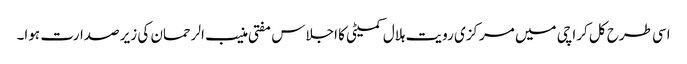
اسی طرح کل کراچی میں مرکزی رویت ہلال کمیٹی کا اجلاس مفتی منیب الرحمان کی زیر صدارت ہوا۔